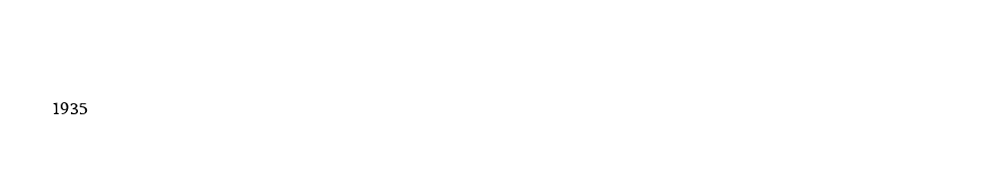

1935